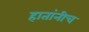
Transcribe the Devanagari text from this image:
हातांनीच